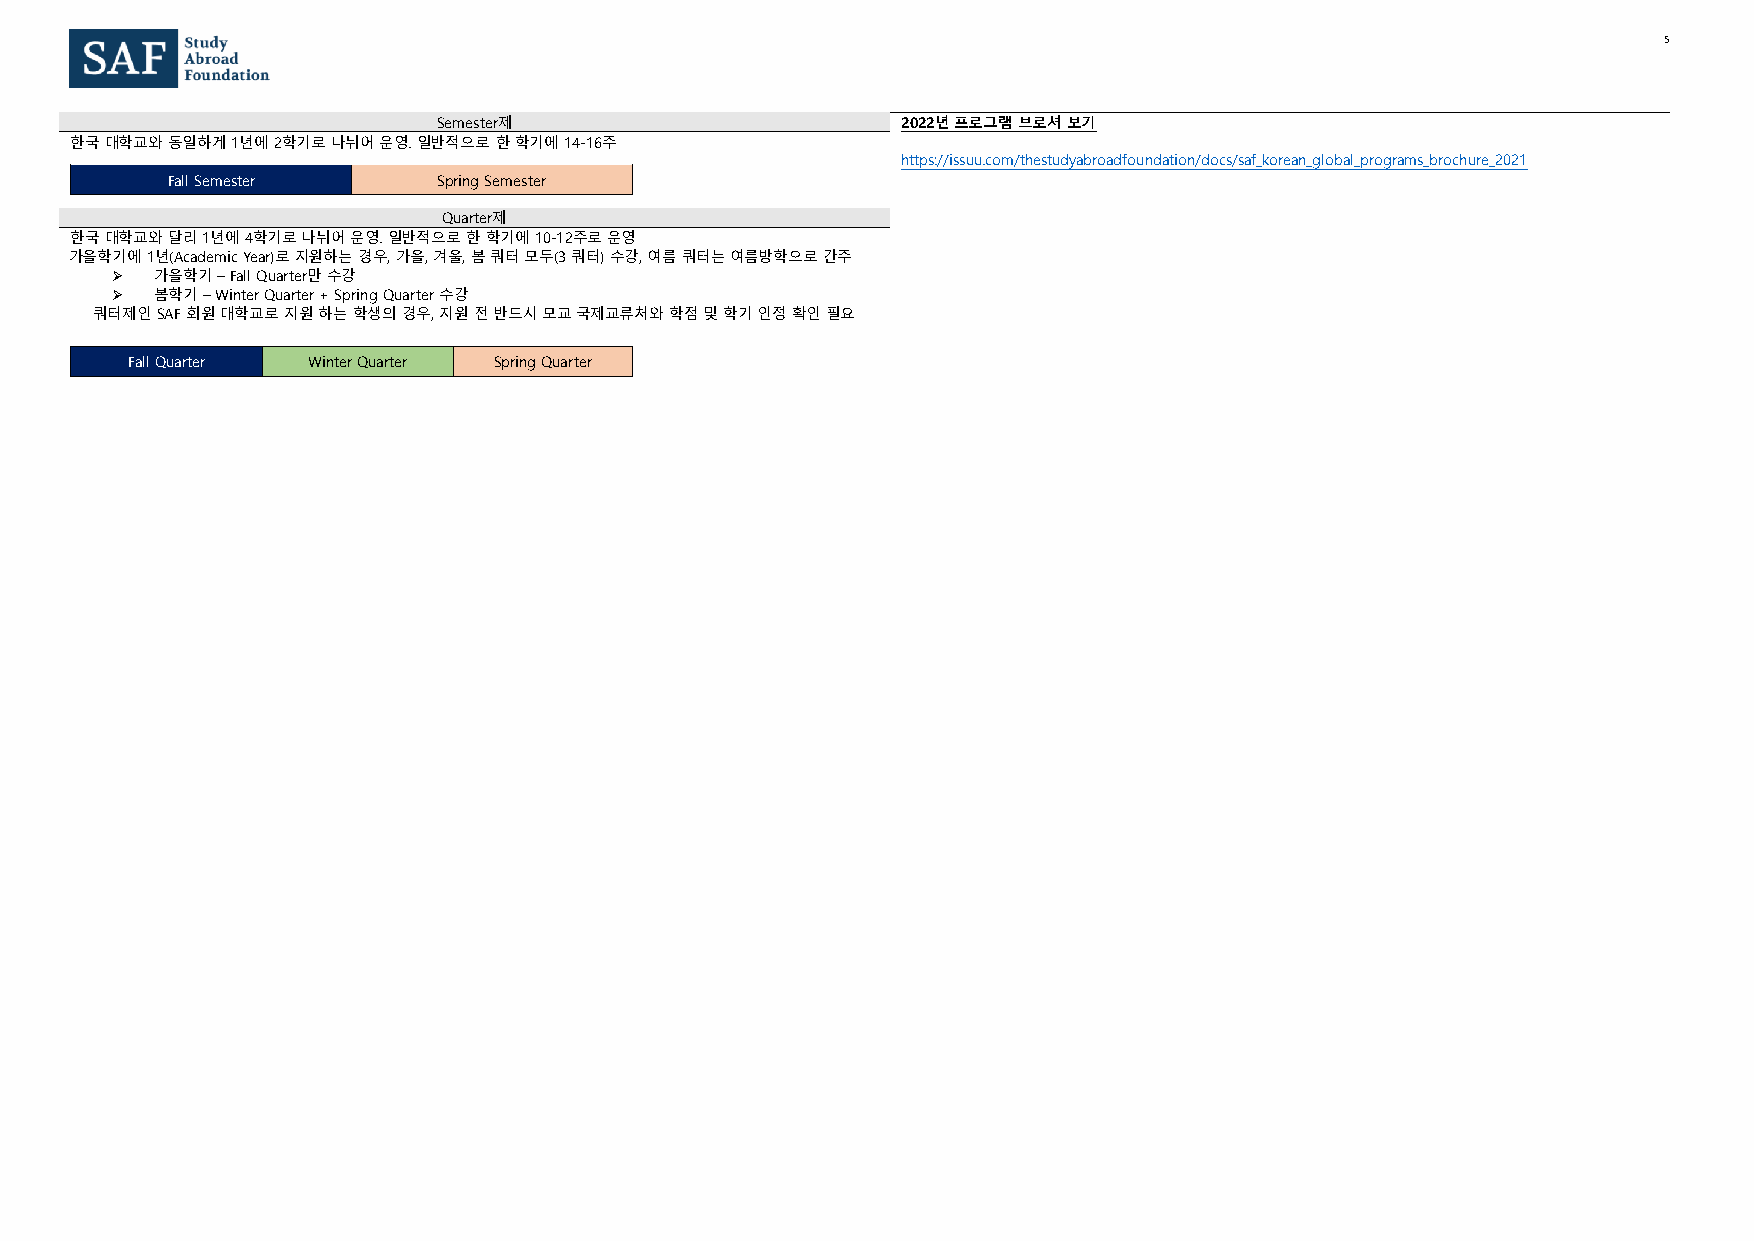
5
 Semester제                      2022년 프로그램 브로셔 보기
 한국 대학교와 동일하게 1년에 2학기로 나뉘어 운영. 일반적으로 한 학기에 14-16주
 https://issuu.com/thestudyabroadfoundation/docs/saf_korean_global_programs_brochure_2021
 Fall Semester     Spring Semester
 Quarter제
 한국 대학교와 달리 1년에 4학기로 나뉘어 운영. 일반적으로 한 학기에 10-12주로 운영
 가을학기에 1년(Academic Year)로 지원하는 경우, 가을, 겨울, 봄 쿼터 모두(3 쿼터) 수강, 여름 쿼터는 여름방학으로 간주
 ➢  가을학기 – Fall Quarter만 수강
 ➢  봄학기 – Winter Quarter + Spring Quarter 수강
 쿼터제인 SAF 회원 대학교로 지원 하는 학생의 경우, 지원 전 반드시 모교 국제교류처와 학점 및 학기 인정 확인 필요
 Fall Quarter Winter Quarter Spring Quarter